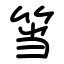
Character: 筜